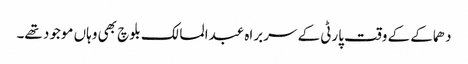
دھماکے کے وقت پارٹی کے سربراہ عبدالمالک بلوچ بھی وہاں موجود تھے۔